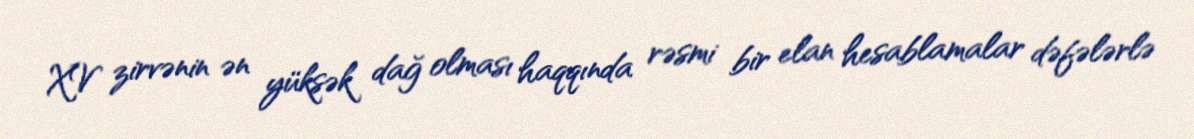
XV zirvənin ən yüksək dağ olması haqqında rəsmi bir elan hesablamalar dəfələrlə